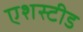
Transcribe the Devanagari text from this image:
एशस्टीड